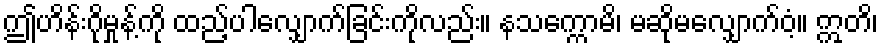
ဤဟိန်းဂိုမှုန့်ကို ထည့်ပါလျှောက်ခြင်းကိုလည်း။ နသက္ကောမိ၊ မဆိုမလျှောက်ဝံ့။ ဣတိ၊